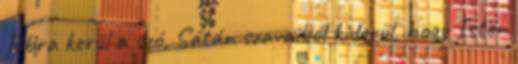
Jóbra kerül a szó, Sátán szavaiból kiderül, hogy Isten